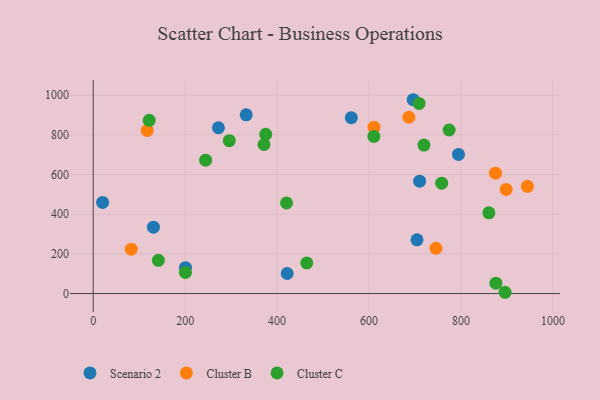
{"axis": {"x": "Price", "y": "Rating"}, "legend": ["Cluster B", "Cluster C", "Scenario 2"], "data": [{"x": "332.8", "y": 900.8, "type": "Scenario 2"}, {"x": "709.9", "y": 566.7, "type": "Scenario 2"}, {"x": "794.4", "y": 701.2, "type": "Scenario 2"}, {"x": "20.5", "y": 459.3, "type": "Scenario 2"}, {"x": "200.7", "y": 130.7, "type": "Scenario 2"}, {"x": "131.0", "y": 334.8, "type": "Scenario 2"}, {"x": "421.9", "y": 101.2, "type": "Scenario 2"}, {"x": "695.9", "y": 977.1, "type": "Scenario 2"}, {"x": "704.2", "y": 271.1, "type": "Scenario 2"}, {"x": "561.4", "y": 886.6, "type": "Scenario 2"}, {"x": "272.4", "y": 835.9, "type": "Scenario 2"}, {"x": "117.6", "y": 822.5, "type": "Cluster B"}, {"x": "944.3", "y": 540.6, "type": "Cluster B"}, {"x": "610.7", "y": 838.7, "type": "Cluster B"}, {"x": "745.5", "y": 228.5, "type": "Cluster B"}, {"x": "82.8", "y": 223.9, "type": "Cluster B"}, {"x": "898.3", "y": 524.8, "type": "Cluster B"}, {"x": "875.0", "y": 606.8, "type": "Cluster B"}, {"x": "686.6", "y": 888.8, "type": "Cluster B"}, {"x": "708.8", "y": 958.6, "type": "Cluster C"}, {"x": "875.9", "y": 52.6, "type": "Cluster C"}, {"x": "121.9", "y": 873.2, "type": "Cluster C"}, {"x": "774.1", "y": 824.4, "type": "Cluster C"}, {"x": "757.9", "y": 556.6, "type": "Cluster C"}, {"x": "371.5", "y": 751.4, "type": "Cluster C"}, {"x": "895.8", "y": 6.5, "type": "Cluster C"}, {"x": "375.3", "y": 802.9, "type": "Cluster C"}, {"x": "200.5", "y": 106.5, "type": "Cluster C"}, {"x": "719.4", "y": 748.5, "type": "Cluster C"}, {"x": "860.6", "y": 407.0, "type": "Cluster C"}, {"x": "464.4", "y": 154.2, "type": "Cluster C"}, {"x": "244.5", "y": 672.6, "type": "Cluster C"}, {"x": "420.5", "y": 456.8, "type": "Cluster C"}, {"x": "141.7", "y": 167.5, "type": "Cluster C"}, {"x": "296.0", "y": 770.8, "type": "Cluster C"}, {"x": "610.4", "y": 791.9, "type": "Cluster C"}]}